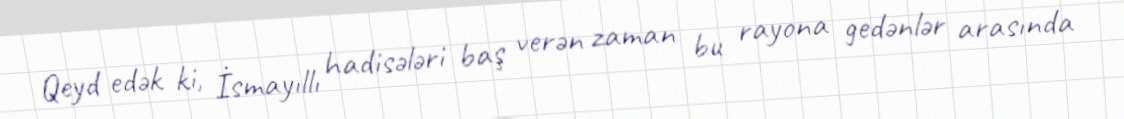
Qeyd edək ki, İsmayıllı hadisələri baş verən zaman bu rayona gedənlər arasında